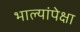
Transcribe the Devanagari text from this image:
भाल्यांपेक्षा